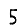
Digit: 5